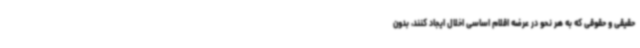
حقیقی و حقوقی که به هر نحو در عرضه اقلام اساسی اخلال ایجاد کنند، بدون